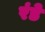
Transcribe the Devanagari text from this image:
रंडे